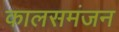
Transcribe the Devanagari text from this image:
कालसमंजन